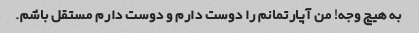
به هیچ وجه! من آپارتمانم را دوست دارم و دوست دارم مستقل باشم.